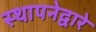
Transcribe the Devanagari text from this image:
स्थापनेद्वारे